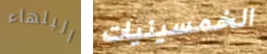
البلهاء الخمسينيات